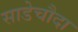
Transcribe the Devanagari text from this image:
साडेचौदा